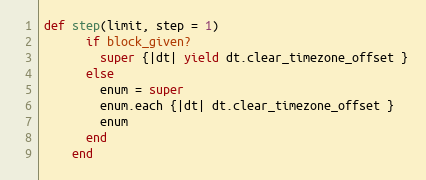
Language: Ruby
def step(limit, step = 1)
      if block_given?
        super {|dt| yield dt.clear_timezone_offset }
      else
        enum = super
        enum.each {|dt| dt.clear_timezone_offset }
        enum
      end
    end